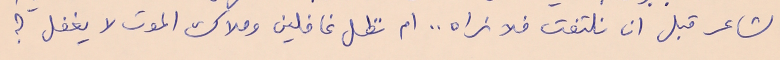
الشاعر قبل ان نلتفت فلا نراه .. ام نظل غافلين وملاك الموت لا يغفل ؟